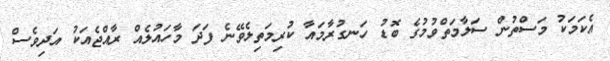
އެކަމަކު މަސްތުން ސަލާމަތްވުމުގެ ބޮޑު ހަނގުރާމައާ ކުރިމަތިލެވޭނެ ފަދަ މާހައުލެއް ރާއްޖެއަކު އަދިވެސް